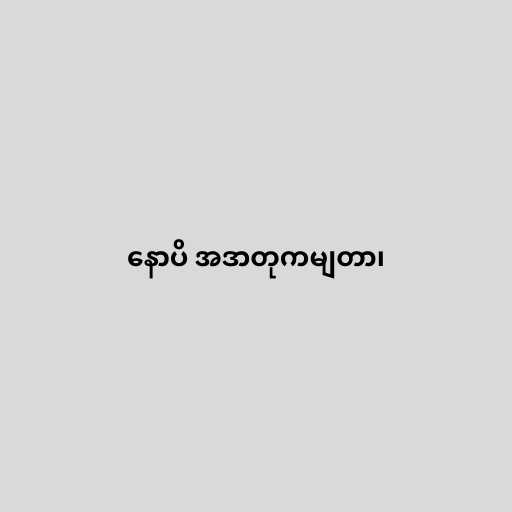
နောပိ အဒာတုကမျတာ၊